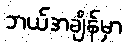
ဘယ်အချိန်မှာ